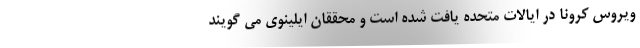
ویروس کرونا در ایالات متحده یافت شده است و محققان ایلینوی می گویند